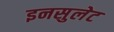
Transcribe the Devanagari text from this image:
इनसुलेट